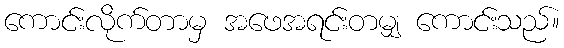
ကောင်းလိုက်တာမှ အဖေအရင်းတမျှ ကောင်းသည်။